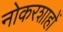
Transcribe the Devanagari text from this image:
नोकरशाहों